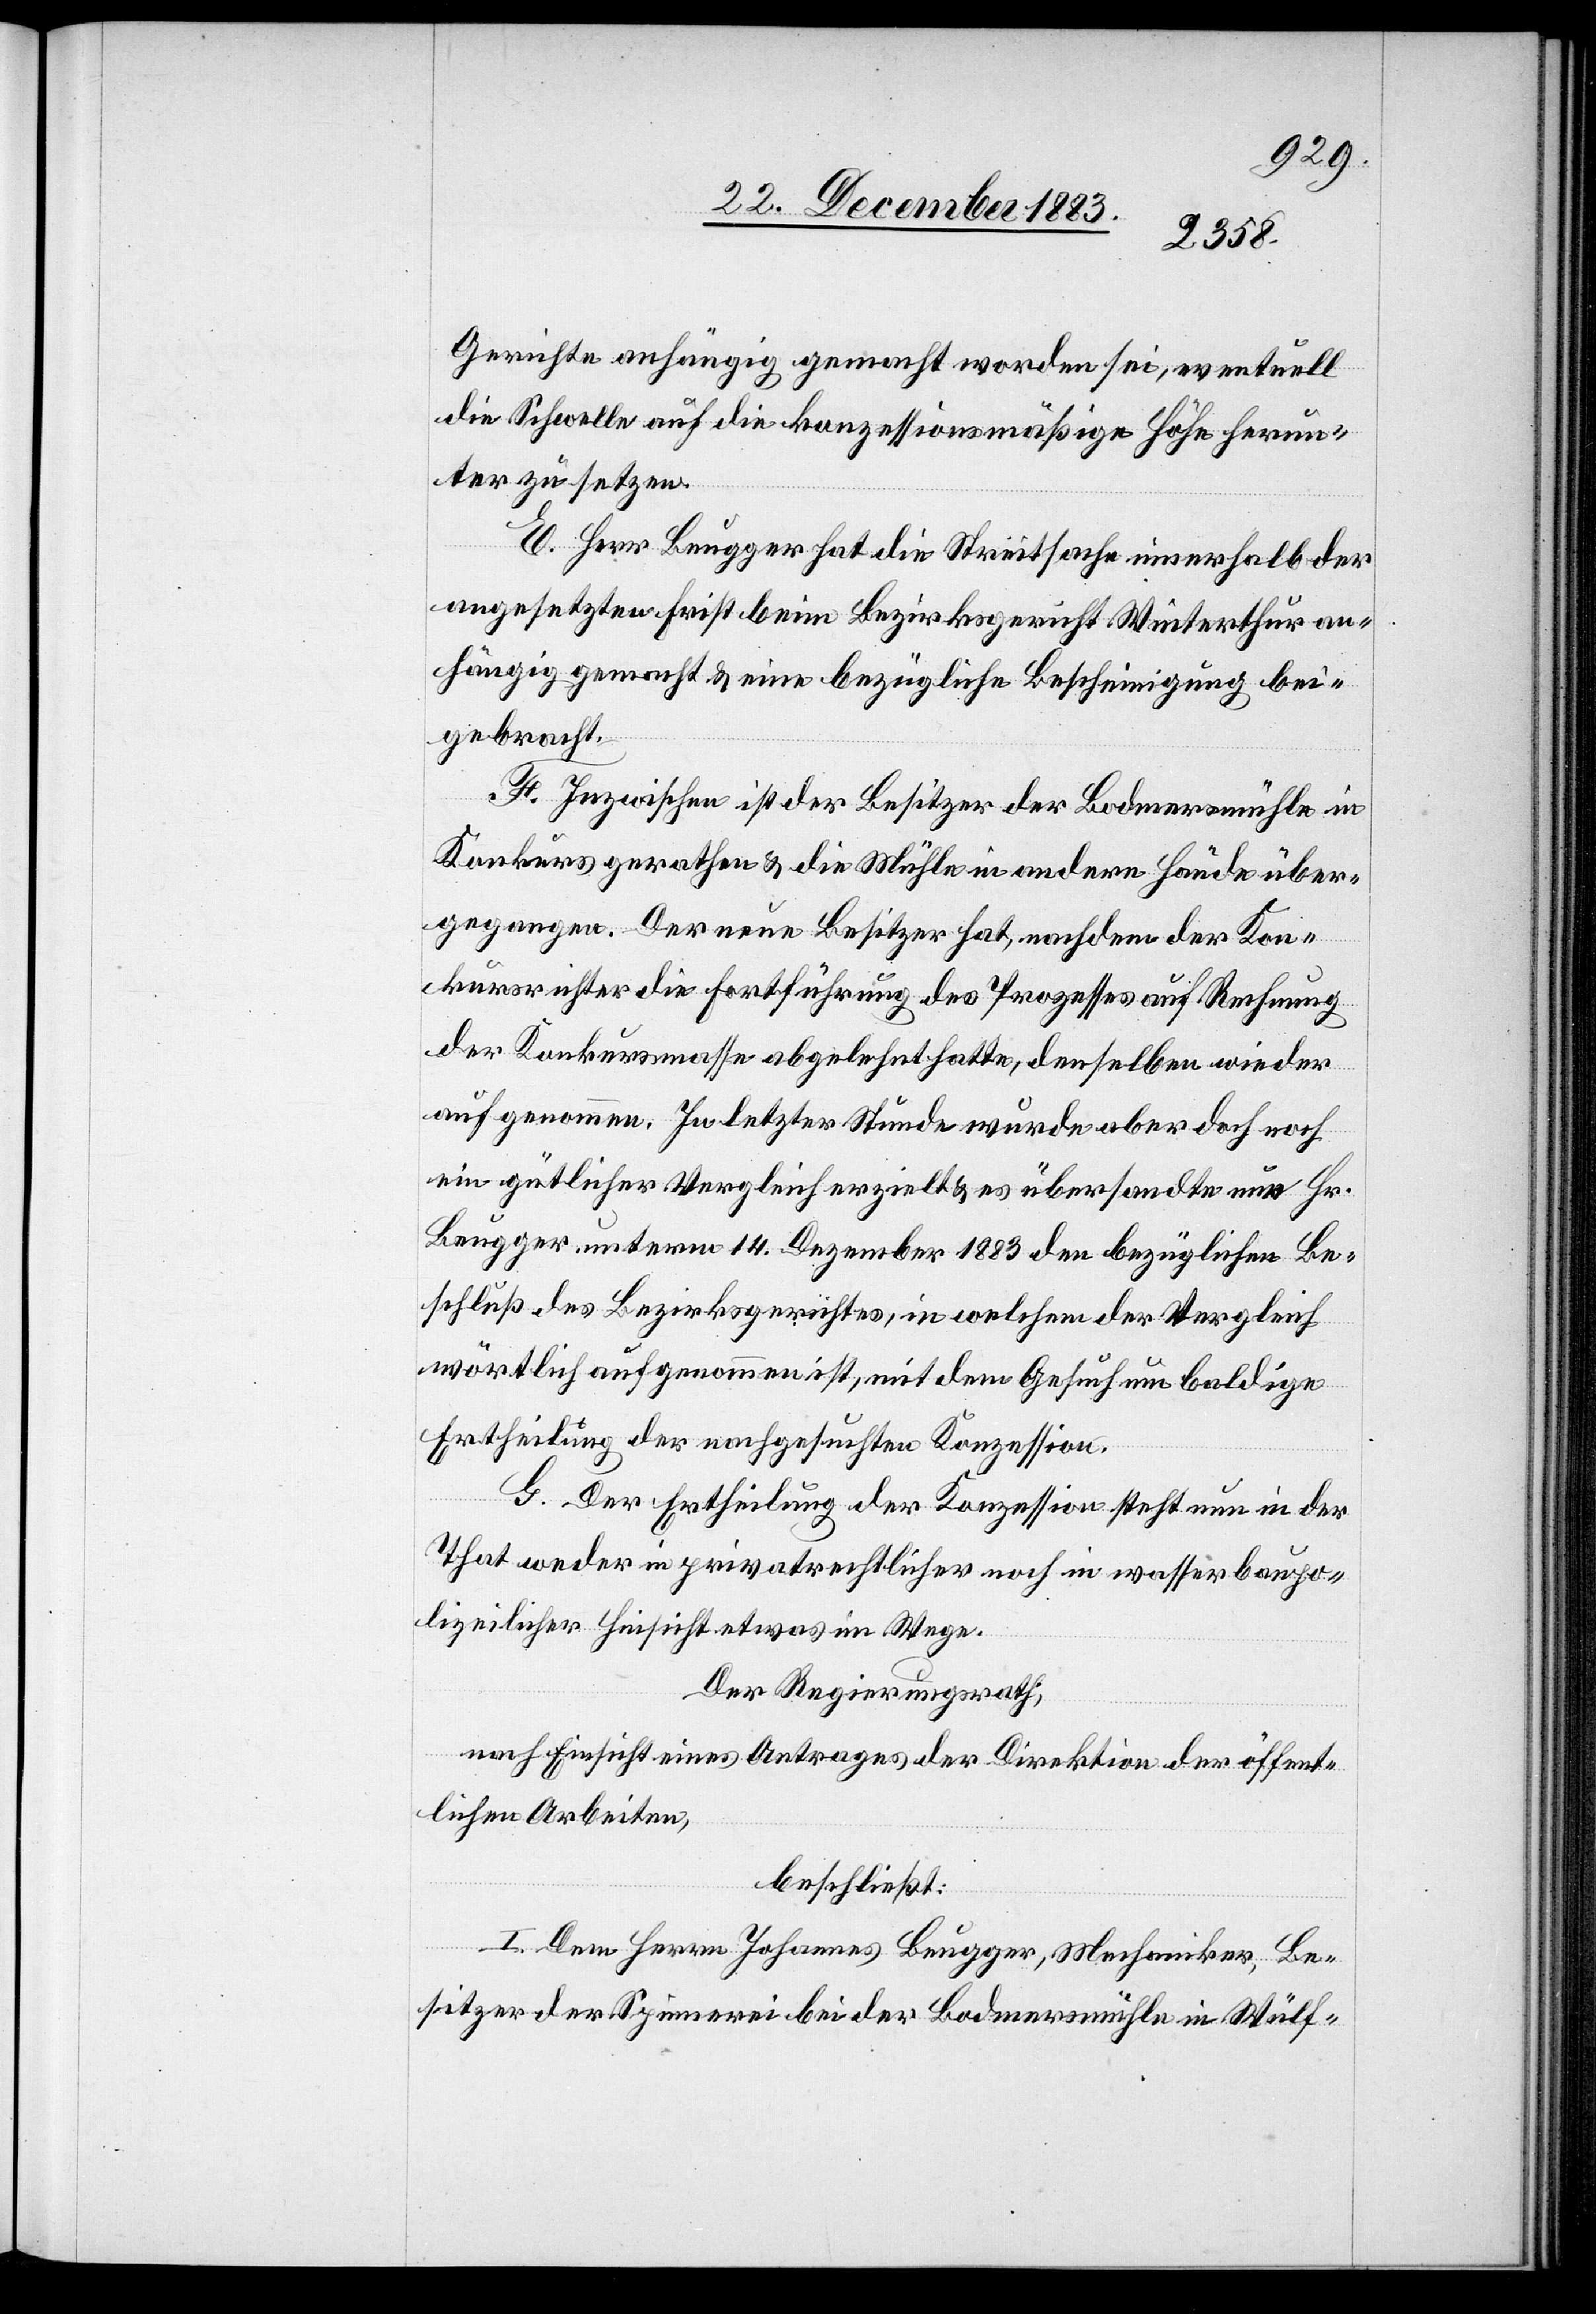
Gerichte anhängig gemacht worden sei, eventuell
die Schwelle auf die konzessionsmäßige Höhe herun¬
ter zu setzen.
E. Herr Brugger hat die Streitsache innerhalb der
angesetzten Frist beim Bezirksgericht Winterthur an¬
hängig gemacht & eine bezügliche Bescheinigung bei¬
gebracht.
F. Inzwischen ist der Besitzer der Bodmersmühle in
Konkurs gerathen & die Mühle in andere Hände über¬
gegangen. Der neue Besitzer hat, nachdem der Kon¬
kursrichter die Fortführung des Prozesses auf Rechnung
der Konkursmasse abgelehnt hatte, denselben wieder
aufgenommen. In letzter Stunde wurde aber doch noch
ein gütlicher Vergleich erzielt & es übersandte nun Hr.
Brugger unterm 14. Dezember 1883 den bezüglichen Be¬
schluß des Bezirksgerichtes, in welchem der Vergleich
wörtlich aufgenommen ist, mit dem Gesuch um baldige
Ertheilung der nachgesuchten Konzession.
G. Der Ertheilung der Konzession steht nun in der
That weder in privatrechtlicher noch in wasserbaupo¬
lizeilicher Hinsicht etwas im Wege.
Der Regierungsrath,
nach Einsicht eines Antrages der Direktion der öffent¬
lichen Arbeiten,
beschließt:
I. Dem Herrn Johannes Brugger, Mechaniker, Be¬
sitzer der Spinnerei bei der Bodmersmühle in Wülf-